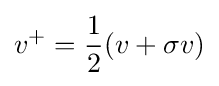
v^{+}={1 \over {2}}(v+\sigma v)